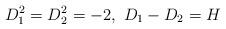
LaTeX: \begin{align*}D_1^2=D_2^2=-2, ~D_1-D_2=H\end{align*}